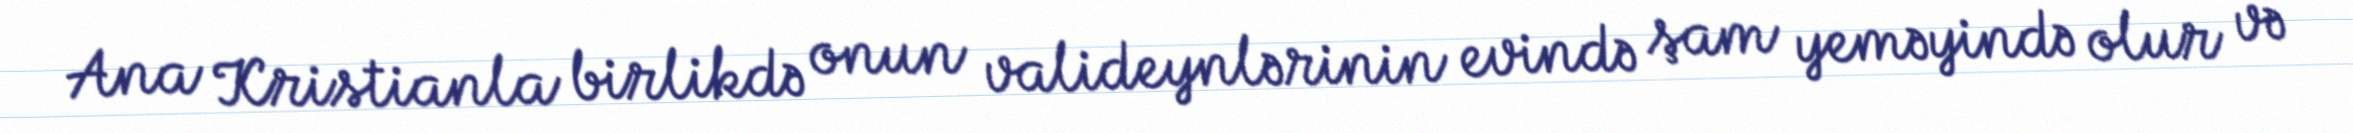
Ana Kristianla birlikdə onun valideynlərinin evində şam yeməyində olur və